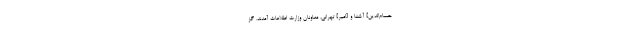
حسام‌الدین] آشنا و [امیر] تهرانى، معاونان وزارت اطلاعات آمدند. گز